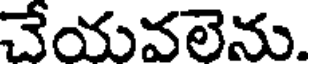
చేయవలెను.